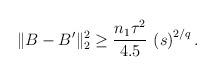
LaTeX: \begin{align*} \| B-B'\|^{2}_{2} &\geq\dfrac{n_1\tau^{2}}{4.5}\,\left (s\right )^{2/q}. \end{align*}